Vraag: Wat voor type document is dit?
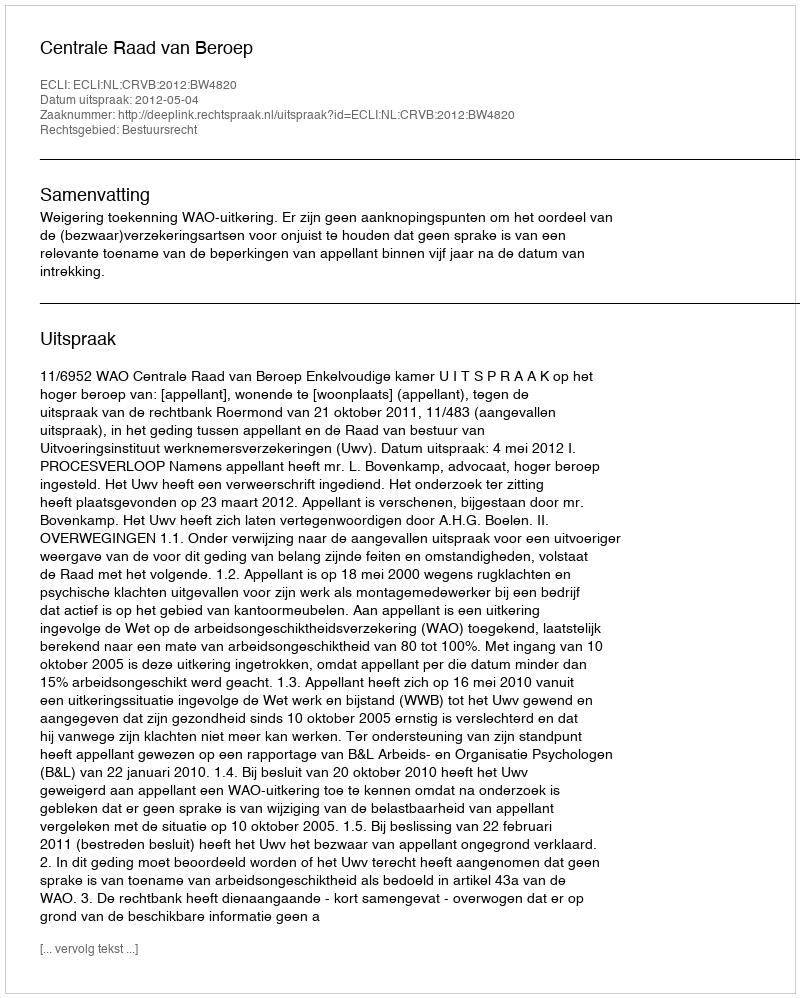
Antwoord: Uitspraak